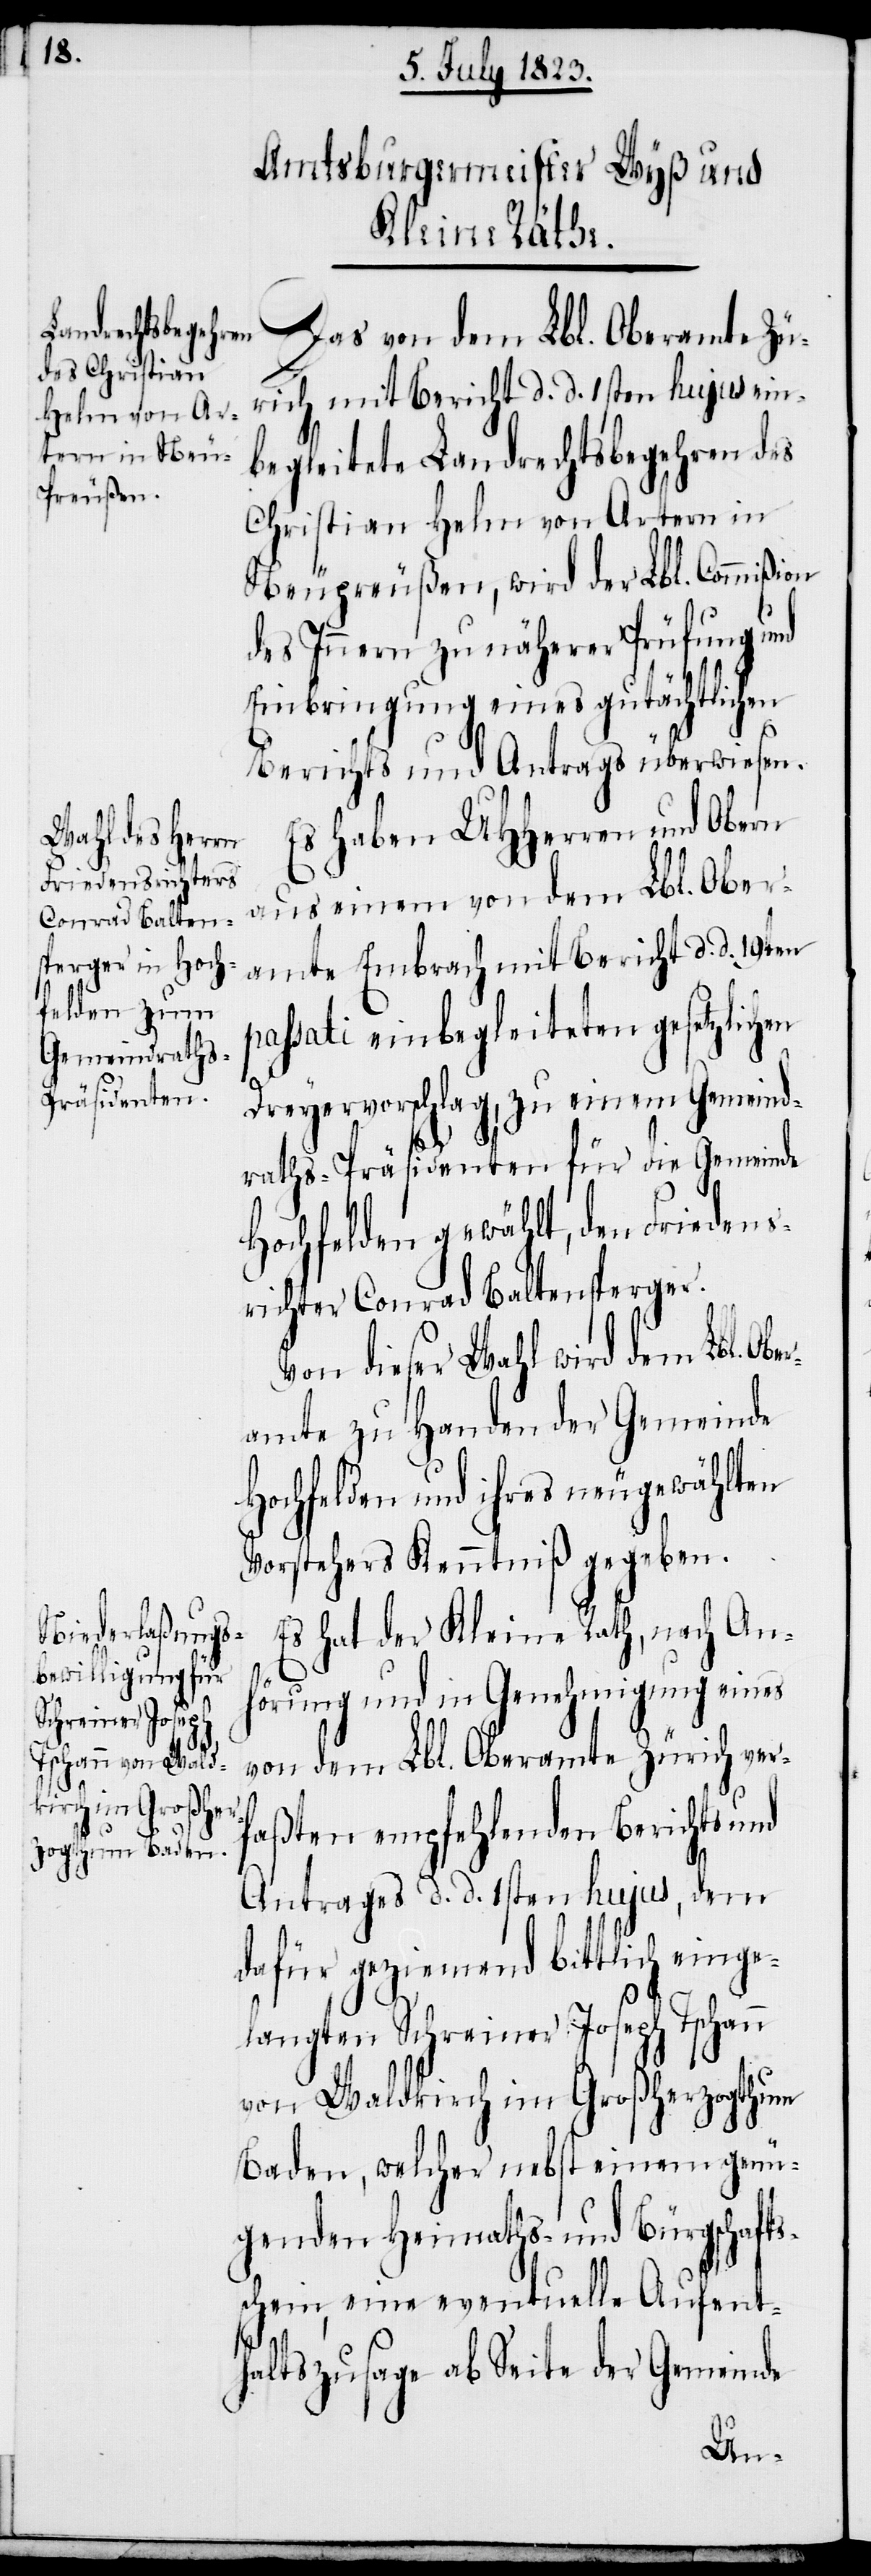
Das von dem Lbl. Oberamte Zü¬
rich mit Bericht d. d. 1sten hujus ein¬
begleitete Landrechtsbegehren des
Christian Helm von Artern in
Neupreußen, wird der Lbl. Commißion
des Innern zu näherer Prüfung und
Einbringung eines gutächtlichen
Berichts und Antrags überwiesen.
Es haben UHHerren und Obern
aus einem von dem Lbl. Ober¬
amte Embrach mit Bericht d. d. 19ten
passati einbegleiteten gesetzlichen
Dreyervorschlag, zu einem Gemeind¬
raths-Präsidenten für die Gemeinde
Hochfelden gewählt, den Friedens¬
richter Conrad Baltensperger.
Von dieser Wahl wird dem Lbl. Obe¬
ramte zu Handen der Gemeinde
Hochfelden und ihres neugewählten
Vorstehers Kenntniß gegeben.
Es hat der Kleine Rath, nach An¬
hörung und in Genehmigung eines
von dem Lbl. Oberamte Zürich ver¬
faßten empfehlenden Berichts und
Antrages d. d. 1sten hujus, dem
dafür geziemend bittlich einge¬
langten Schreiner Joseph Tschann
von Waldkirch im Großherzogthum
Baden, welcher nebst einem genü¬
genden Heimaths- und Bürgschafts¬
schein, eine eventuelle Aufent¬
haltszusage ab Seite der Gemeinde